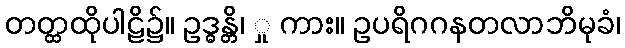
တတ္ထထိုပါဠိ၌။ ဥဒ္ဓန္တိ၊ ှု ကား။ ဥပရိဂဂနတလာဘိမုခံ၊